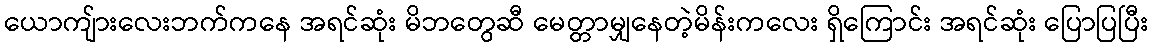
ယောကျ်ားလေးဘက်ကနေ အရင်ဆုံး မိဘတွေဆီ မေတ္တာမျှနေတဲ့မိန်းကလေး ရှိကြောင်း အရင်ဆုံး ပြောပြပြီး